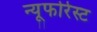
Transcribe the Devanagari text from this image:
न्यूफोरेस्ट